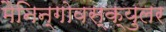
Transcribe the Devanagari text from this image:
मैनिन्गोवस्क्युलर